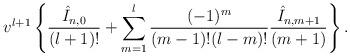
LaTeX: \begin{align*} v^{l+1}\left\{\frac{\hat{I}_{n,0}}{(l+1)!}+\sum_{m=1}^l\frac{(-1)^m}{(m-1)!(l-m)!}\frac{\hat{I}_{n,m+1}}{(m+1)}\right\}.\end{align*}